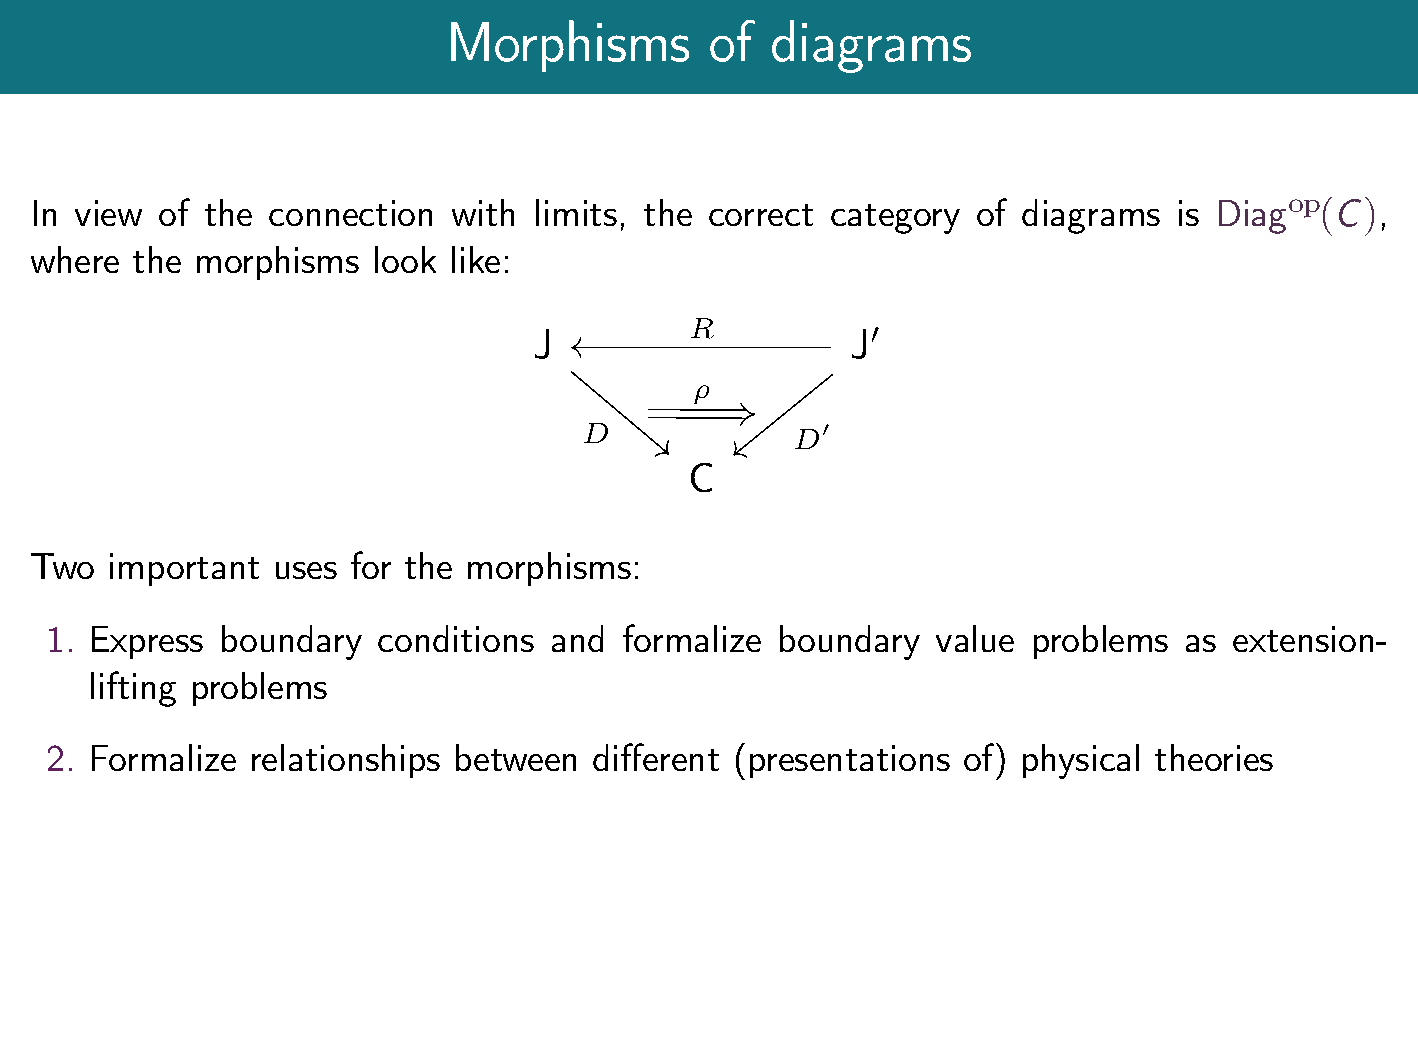
Morphisms        of  diagrams
 In view of the  connection  with limits, the correct category  of diagrams  is Diagop(C),
 where  the morphisms   look like:
 J          R         J′
 ρ
 D            D′
 C
 Two  important  uses for the morphisms:
 1. Express boundary   conditions and  formalize boundary   value problems  as  extension-
 lifting problems
 2. Formalize relationships between  different (presentations of) physical theories